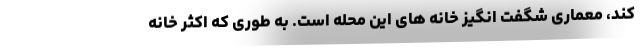
کند، معماری شگفت انگیز خانه های این محله است. به طوری که اکثر خانه